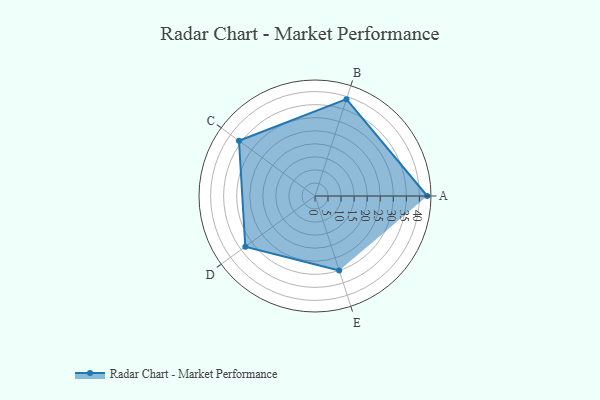
{"axis": {"x": "Skill", "y": "Score"}, "legend": ["Profile"], "data": [{"x": "A", "y": 43.0, "type": "Profile"}, {"x": "B", "y": 39.0, "type": "Profile"}, {"x": "C", "y": 36.0, "type": "Profile"}, {"x": "D", "y": 33.0, "type": "Profile"}, {"x": "E", "y": 30.0, "type": "Profile"}]}